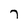
Character: 7